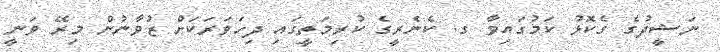
ނަޝީދުގެ ގެކޮޅު ކަމުގައިވާ ގ. ކެނެރީގެ ކުރިމަތީގައި ދިހަވަރަކަށް ޒުވާނުން މިރޭ ވަނީ